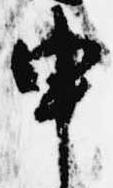
申